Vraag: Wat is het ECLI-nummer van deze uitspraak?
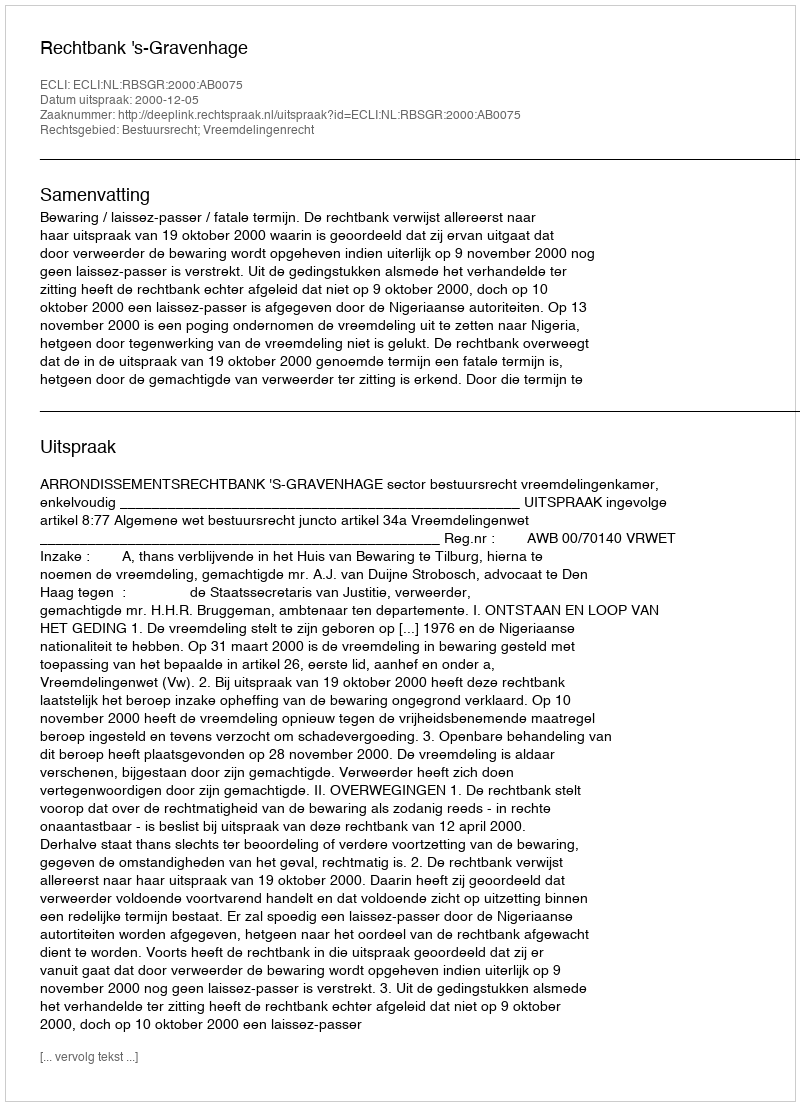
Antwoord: ECLI:NL:RBSGR:2000:AB0075